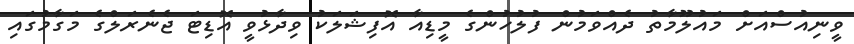
ވީނިއުސްއަށް މައުލޫމާތު ދެއްވަމުން ފުލުހުންގެ މީޑިއާ އޮފިޝަލަކު ވިދާޅުވީ އޮޑިޓަ ޖެނެރަލްގެ މަގާމުގައި